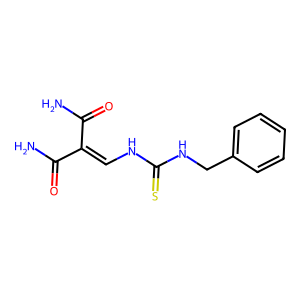
SMILES: NC(=O)C(=CNC(=S)NCc1ccccc1)C(N)=O
Inhibits HIV replication: No